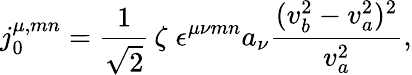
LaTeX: j_{0}^{\mu,mn}=\frac{1}{\sqrt{2}}\, \zeta\; \epsilon^{\mu\nu mn}a_{\nu}\frac{(v_{b}^{2}-v_{a}^{2})^{2}}{v_{a}^{2}},